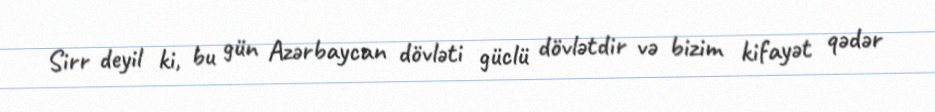
Sirr deyil ki, bu gün Azərbaycan dövləti güclü dövlətdir və bizim kifayət qədər